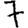
Digit: 7